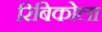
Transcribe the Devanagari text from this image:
रिबिकोला